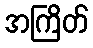
အကြိတ်